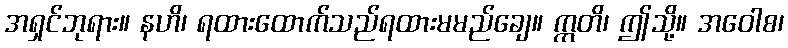
အရှင်ဘုရား။ နဟိ၊ ရထားထောက်သည်ရထားမမည်ချေ။ ဣတိ၊ ဤသို့။ အဝေါစ၊